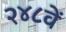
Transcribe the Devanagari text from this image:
२४८वें